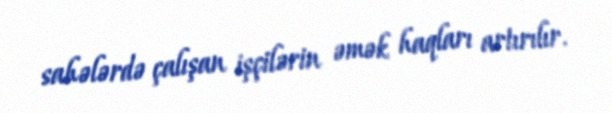
sahələrdə çalışan işçilərin əmək haqları artırılır.